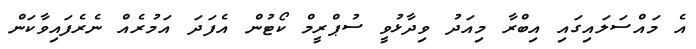
އެ މައްސަލައިގައި އިބްރާ މިއަދު ވިދާޅުވީ ސުޕްރީމް ކޯޓުން އެފަދަ އަމުރެއް ނެރެފައިވާކަން